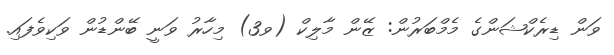
ވަން ޑިރެކްޝަންގެ މެމްބަރުން: ޒޭން މާލިކް (ވ3) މިހާރު ވަނީ ބޭންޑުން ވަކިވެފައި.